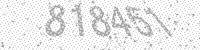
Solution: 818451